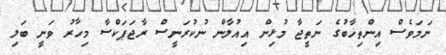
ނަމަވެސް އިންތިޚާބުގެ ނަތީޖާ މުޅިން އިއުލާން ނުކުރަނީސް ރާޖަޕަކްސާ މިހާރު ވަނީ ބަލި